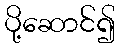
ပို့ဆောင်၍